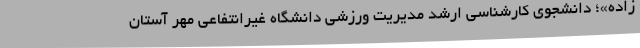
زاده»؛ دانشجوی کارشناسی ارشد مدیریت ورزشی دانشگاه غیرانتفاعی مهر آستان